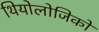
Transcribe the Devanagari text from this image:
थियोलोजिको